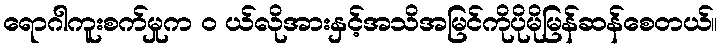
ရောဂါကူးစက်မှုက ၀ ယ်လိုအားနှင့်အသိအမြင်ကိုပိုမိုမြန်ဆန်စေတယ်။